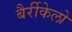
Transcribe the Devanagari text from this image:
बैर्रीकेलो